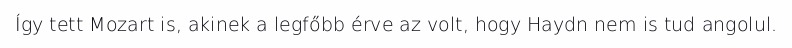
Így tett Mozart is, akinek a legfőbb érve az volt, hogy Haydn nem is tud angolul.